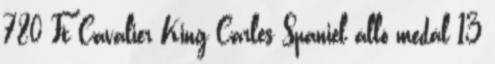
780 Ft Cavalier King Carles Spaniel álló medál 13